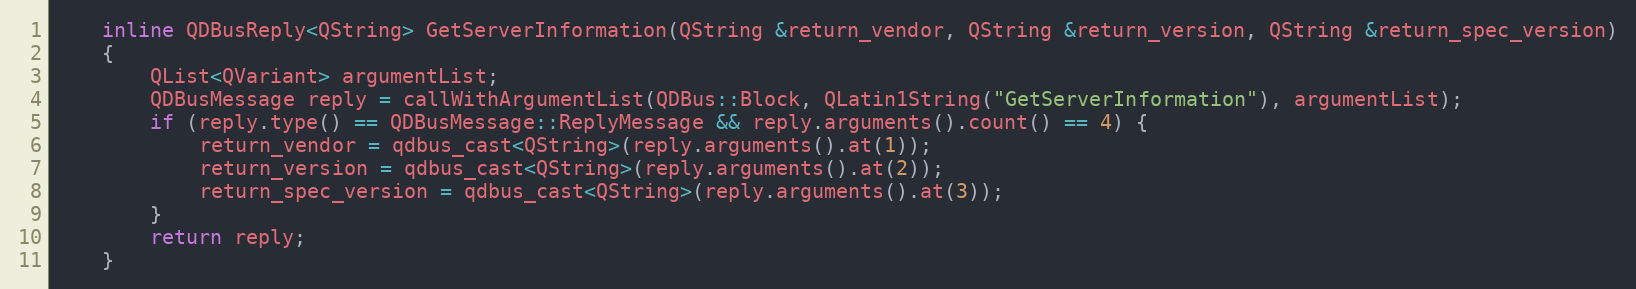
Language: C
    inline QDBusReply<QString> GetServerInformation(QString &return_vendor, QString &return_version, QString &return_spec_version)
    {
        QList<QVariant> argumentList;
        QDBusMessage reply = callWithArgumentList(QDBus::Block, QLatin1String("GetServerInformation"), argumentList);
        if (reply.type() == QDBusMessage::ReplyMessage && reply.arguments().count() == 4) {
            return_vendor = qdbus_cast<QString>(reply.arguments().at(1));
            return_version = qdbus_cast<QString>(reply.arguments().at(2));
            return_spec_version = qdbus_cast<QString>(reply.arguments().at(3));
        }
        return reply;
    }